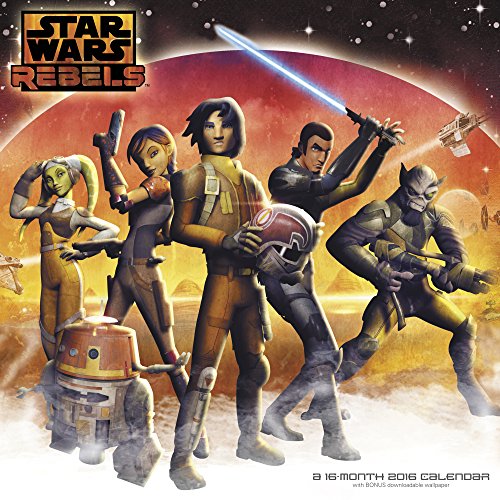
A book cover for Star Wars Rebels Wall Calendar (2016); Day Dream; Calendars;